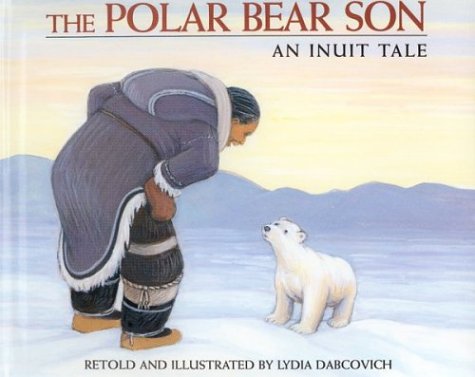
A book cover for The Polar Bear Son: An Inuit Tale; Children's Books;